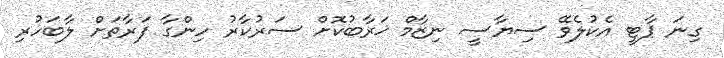
ގިނަ ޕާޓީ އެކުލެވޭ ސިޔާސީ ނިޒާމް ޚަރާބުކޮށް ސަރުކާރު ހިންގާ ފަރާތަށް ލާބަހުރި